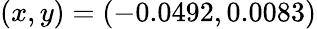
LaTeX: (x,y)=(-0.0492,0.0083)